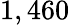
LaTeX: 1,460